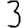
Digit: 3